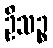
ဦသဉ္စ